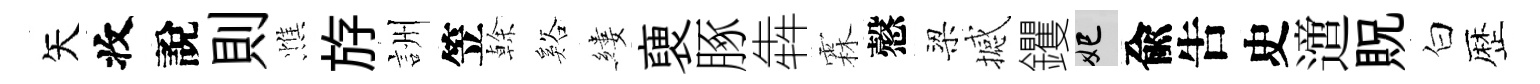
矢收說則憔斿詶笠𠏉谿縷褏䐁犇霖慤梁撼钁妃兪吿史𨗁貺白歴